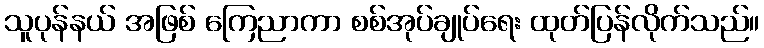
သူပုန်နယ် အဖြစ် ကြေညာကာ စစ်အုပ်ချုပ်ရေး ထုတ်ပြန်လိုက်သည်။